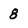
Character: 8